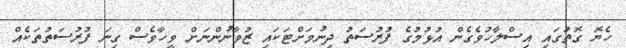
ހެޔޮ ގޮތުގައި އިސްލާހުވެގެން އުޅުމުގެ ފުރުސަތު ދިނުމަށްޓަކައި ޒުވާނުންނަށް ވީހާވެސް ގިނަ ފުރުސަތުތަކެއް